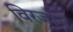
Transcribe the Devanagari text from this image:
विरजोन